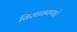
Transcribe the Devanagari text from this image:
विरघळवणारे